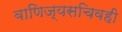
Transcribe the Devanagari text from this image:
वाणिज्यसचिवही